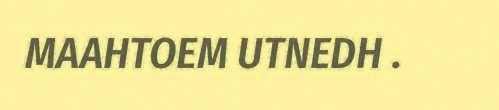
MAAHTOEM UTNEDH .